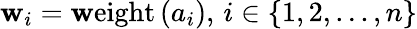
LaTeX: \mathbf{w}_{i}=\mathrm{{\mathbf{w}eight}}\left(a_{i}\right),\, i\in\{ 1,2,...,n\}